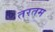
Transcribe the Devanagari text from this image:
तरतम